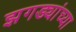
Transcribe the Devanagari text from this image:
झगड्यांच्या